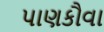
પાણકૌવા